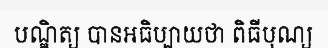
បណ្ឌិត្យ បានអធិប្បាយថា ពិធីបុណ្យ